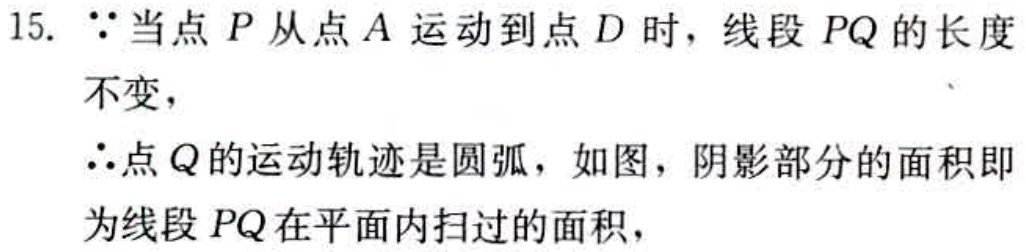
15. $\because$当点$P$从点$A$运动到点$D$时，线段$PQ$的长度
不变，
$\therefore$点$Q$的运动轨迹是圆弧，如图，阴影部分的面积即
为线段$PQ$在平面内扫过的面积，